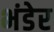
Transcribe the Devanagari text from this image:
भंडेर